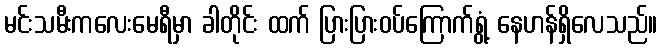
မင်းသမီးကလေးမေရီမှာ ခါတိုင်း ထက် ပြားပြားဝပ်ကြောက်ရွံ့ နေဟန်ရှိလေသည်။